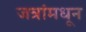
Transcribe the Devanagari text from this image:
जत्रांमधून